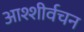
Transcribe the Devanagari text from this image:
आश्शीर्वचन